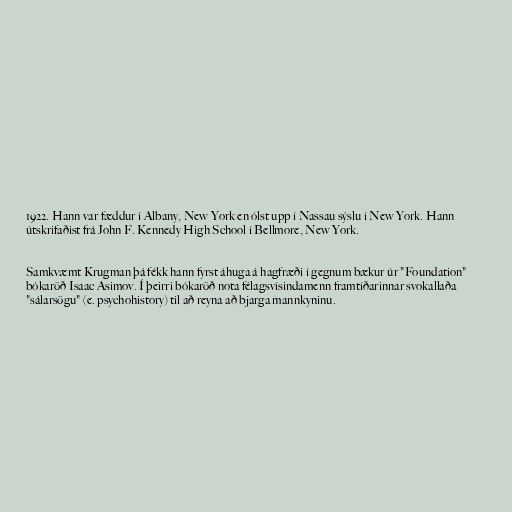
1922. Hann var fæddur í Albany, New York en ólst upp í Nassau sýslu í New York. Hann
útskrifaðist frá John F. Kennedy High School í Bellmore, New York.

Samkvæmt Krugman þá fékk hann fyrst áhuga á hagfræði í gegnum bækur úr "Foundation"
bókaröð Isaac Asimov. Í þeirri bókaröð nota félagsvísindamenn framtíðarinnar svokallaða
"sálarsögu" (e. psychohistory) til að reyna að bjarga mannkyninu.